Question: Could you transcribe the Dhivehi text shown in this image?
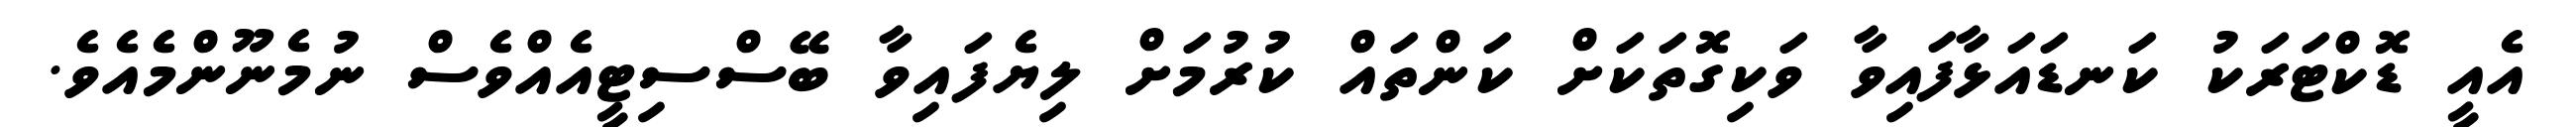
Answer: އެއީ ޑޮކްޓަރަކު ކަނޑައަޅާފައިވާ ވަކިގޮތަކަށް ކަންތައް ކުރުމަށް ލިޔެފައިވާ ބޭސްސިޓީއެއްވެސް ނުމެނޫންމެއެވެ.